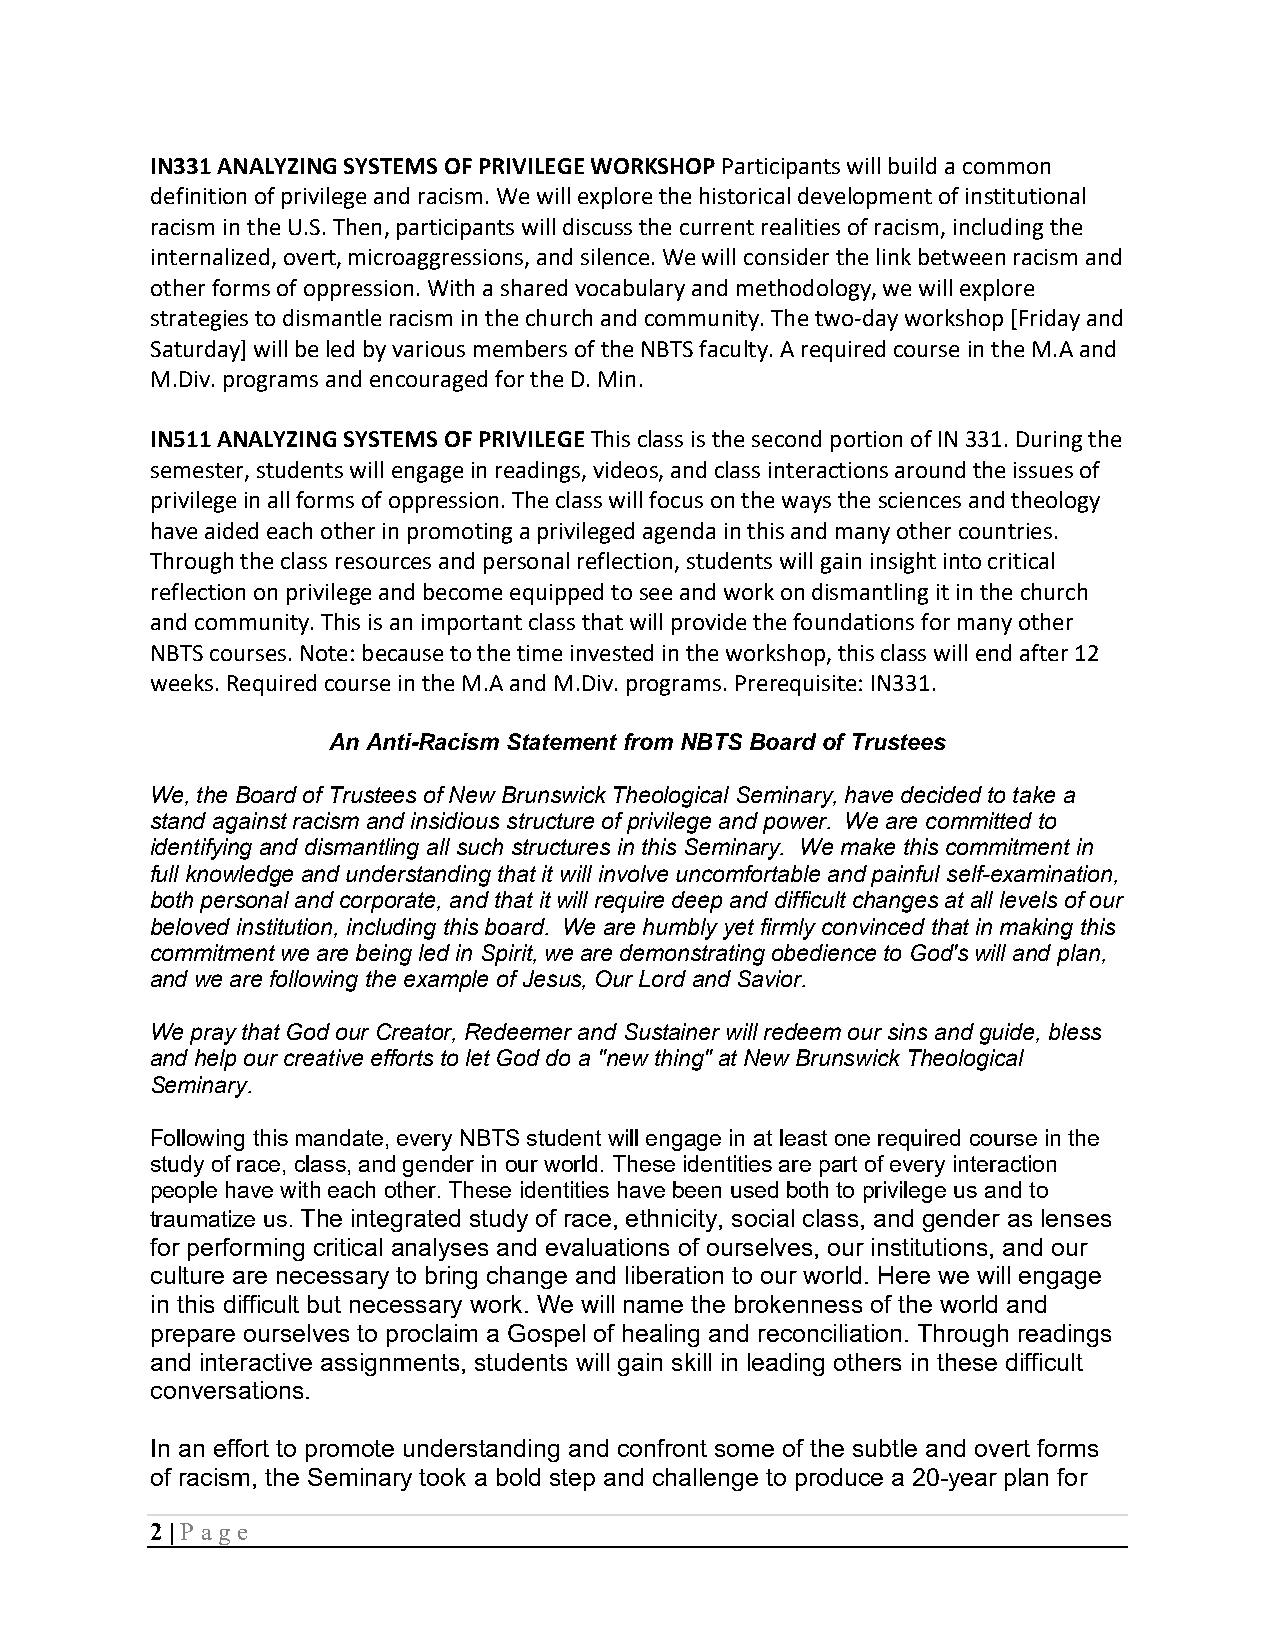
IN331 ANALYZING SYSTEMS OF PRIVILEGE WORKSHOP Participants will build a common
 definition of privilege and racism. We will explore the historical development of institutional
 racism in the U.S. Then, participants will discuss the current realities of racism, including the
 internalized, overt, microaggressions, and silence. We will consider the link between racism and
 other forms of oppression. With a shared vocabulary and methodology, we will explore
 strategies to dismantle racism in the church and community. The two-day workshop [Friday and
 Saturday] will be led by various members of the NBTS faculty. A required course in the M.A and
 M.Div. programs and encouraged for the D. Min.
 IN511 ANALYZING SYSTEMS OF PRIVILEGE This class is the second portion of IN 331. During the
 semester, students will engage in readings, videos, and class interactions around the issues of
 privilege in all forms of oppression. The class will focus on the ways the sciences and theology
 have aided each other in promoting a privileged agenda in this and many other countries.
 Through the class resources and personal reflection, students will gain insight into critical
 reflection on privilege and become equipped to see and work on dismantling it in the church
 and community. This is an important class that will provide the foundations for many other
 NBTS courses. Note: because to the time invested in the workshop, this class will end after 12
 weeks. Required course in the M.A and M.Div. programs. Prerequisite: IN331.
 An Anti-Racism Statement from NBTS Board of Trustees
 We, the Board of Trustees of New Brunswick Theological Seminary, have decided to take a
 stand against racism and insidious structure of privilege and power. We are committed to
 identifying and dismantling all such structures in this Seminary. We make this commitment in
 full knowledge and understanding that it will involve uncomfortable and painful self-examination,
 both personal and corporate, and that it will require deep and difficult changes at all levels of our
 beloved institution, including this board. We are humbly yet firmly convinced that in making this
 commitment we are being led in Spirit, we are demonstrating obedience to God's will and plan,
 and we are following the example of Jesus, Our Lord and Savior.
 We pray that God our Creator, Redeemer and Sustainer will redeem our sins and guide, bless
 and help our creative efforts to let God do a "new thing" at New Brunswick Theological
 Seminary.
 Following this mandate, every NBTS student will engage in at least one required course in the
 study of race, class, and gender in our world. These identities are part of every interaction
 people have with each other. These identities have been used both to privilege us and to
 traumatize us. The integrated study of race, ethnicity, social class, and gender as lenses
 for performing critical analyses and evaluations of ourselves, our institutions, and our
 culture are necessary to bring change and liberation to our world. Here we will engage
 in this difficult but necessary work. We will name the brokenness of the world and
 prepare ourselves to proclaim a Gospel of healing and reconciliation. Through readings
 and interactive assignments, students will gain skill in leading others in these difficult
 conversations.
 In an effort to promote understanding and confront some of the subtle and overt forms
 of racism, the Seminary took a bold step and challenge to produce a 20-year plan for
 2 | P age